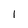
Character: 1